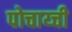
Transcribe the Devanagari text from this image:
पोचाय्ची